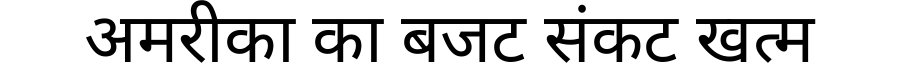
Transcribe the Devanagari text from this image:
अमरीका का बजट संकट खत्म